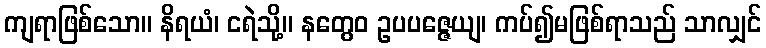
ကျရာဖြစ်သော။ နိရယံ၊ ငရဲသို့။ နတွေဝ ဥပပဇ္ဇေယျ၊ ကပ်၍မဖြစ်ရာသည် သာလျှင်